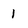
Character: 1